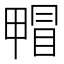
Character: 𤲰